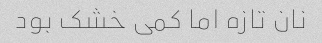
نان تازه اما کمی خشک بود